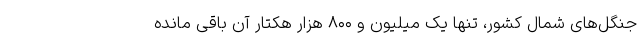
جنگل‌های شمال کشور، تنها یک میلیون و ۸۰۰ هزار هکتار آن باقی مانده